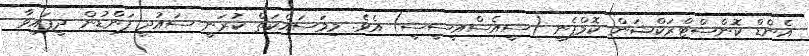
އެންޑް ކޮންސްޓްރަކްޝަން ކޮމްޕެނީ (ސީއެސްއީސީސީ) އެވެ. މިމަސައްކަތް ކުރަނީ ސައުދީ ފަންޑުން ދީފައިވާ